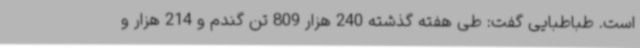
است. طباطبایی گفت: طی هفته گذشته 240 هزار 809 تن گندم و 214 هزار و